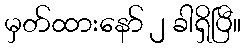
မှတ်ထားနော် ၂ ခါရှိပြီ။